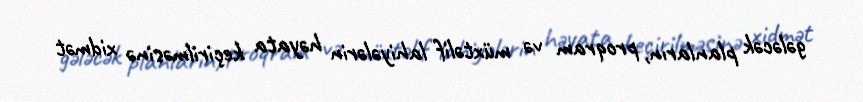
gələcək planların, proqram və müxtəlif lahiyələrin həyata keçirilməsinə xidmət